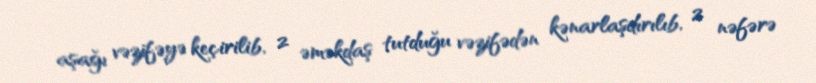
aşağı vəzifəyə keçirilib, 2 əməkdaş tutduğu vəzifədən kənarlaşdırılıb, 2 nəfərə